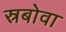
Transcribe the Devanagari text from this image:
स्रबोवा